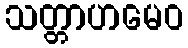
သတ္တာဟမေဝ